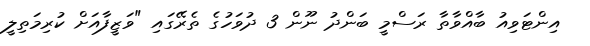
އިންޓަވިއު ބާއްވާތާ ރަސްމީ ބަންދު ނޫން 3 ދުވަހުގެ ތެރޭގައި "ވަޒީފާއަށް ކުރިމަތިލީ